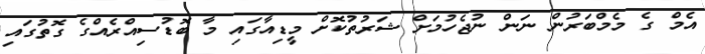
އެމް ގެ މެމްބަރުން ނަން ނުޖެހުމަށް ޝަރުތުކޮށް މީޑިއާގައި މާ ބޮޑުސިއްރެއްގެ ގޮތުގައި